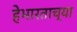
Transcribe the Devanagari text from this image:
हेभारताच्या